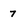
Character: 7